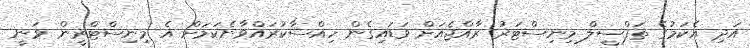
އަދި އެކަމުގެ ތަފްސީލް މިނިސްޓަރު ރާއްޖެއަށް ވަޑައިގެން ހިއްސާކުރައްވާނެކަަމަށް އެ މިނިސްޓްރީން ވަނީ